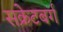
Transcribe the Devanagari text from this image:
सक्रेटबर्ग